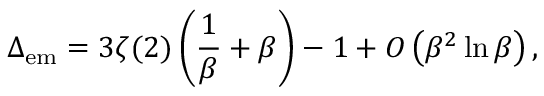
\Delta _ { \mathrm { e m } } = 3 \zeta ( 2 ) \left( { \frac { 1 } { \beta } } + \beta \right) - 1 + { \cal O } \left( \beta ^ { 2 } \ln \beta \right) ,